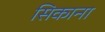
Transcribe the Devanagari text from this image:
सिकाना